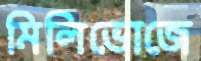
মিলিভোজে